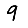
Digit: 9